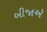
બીજાએ